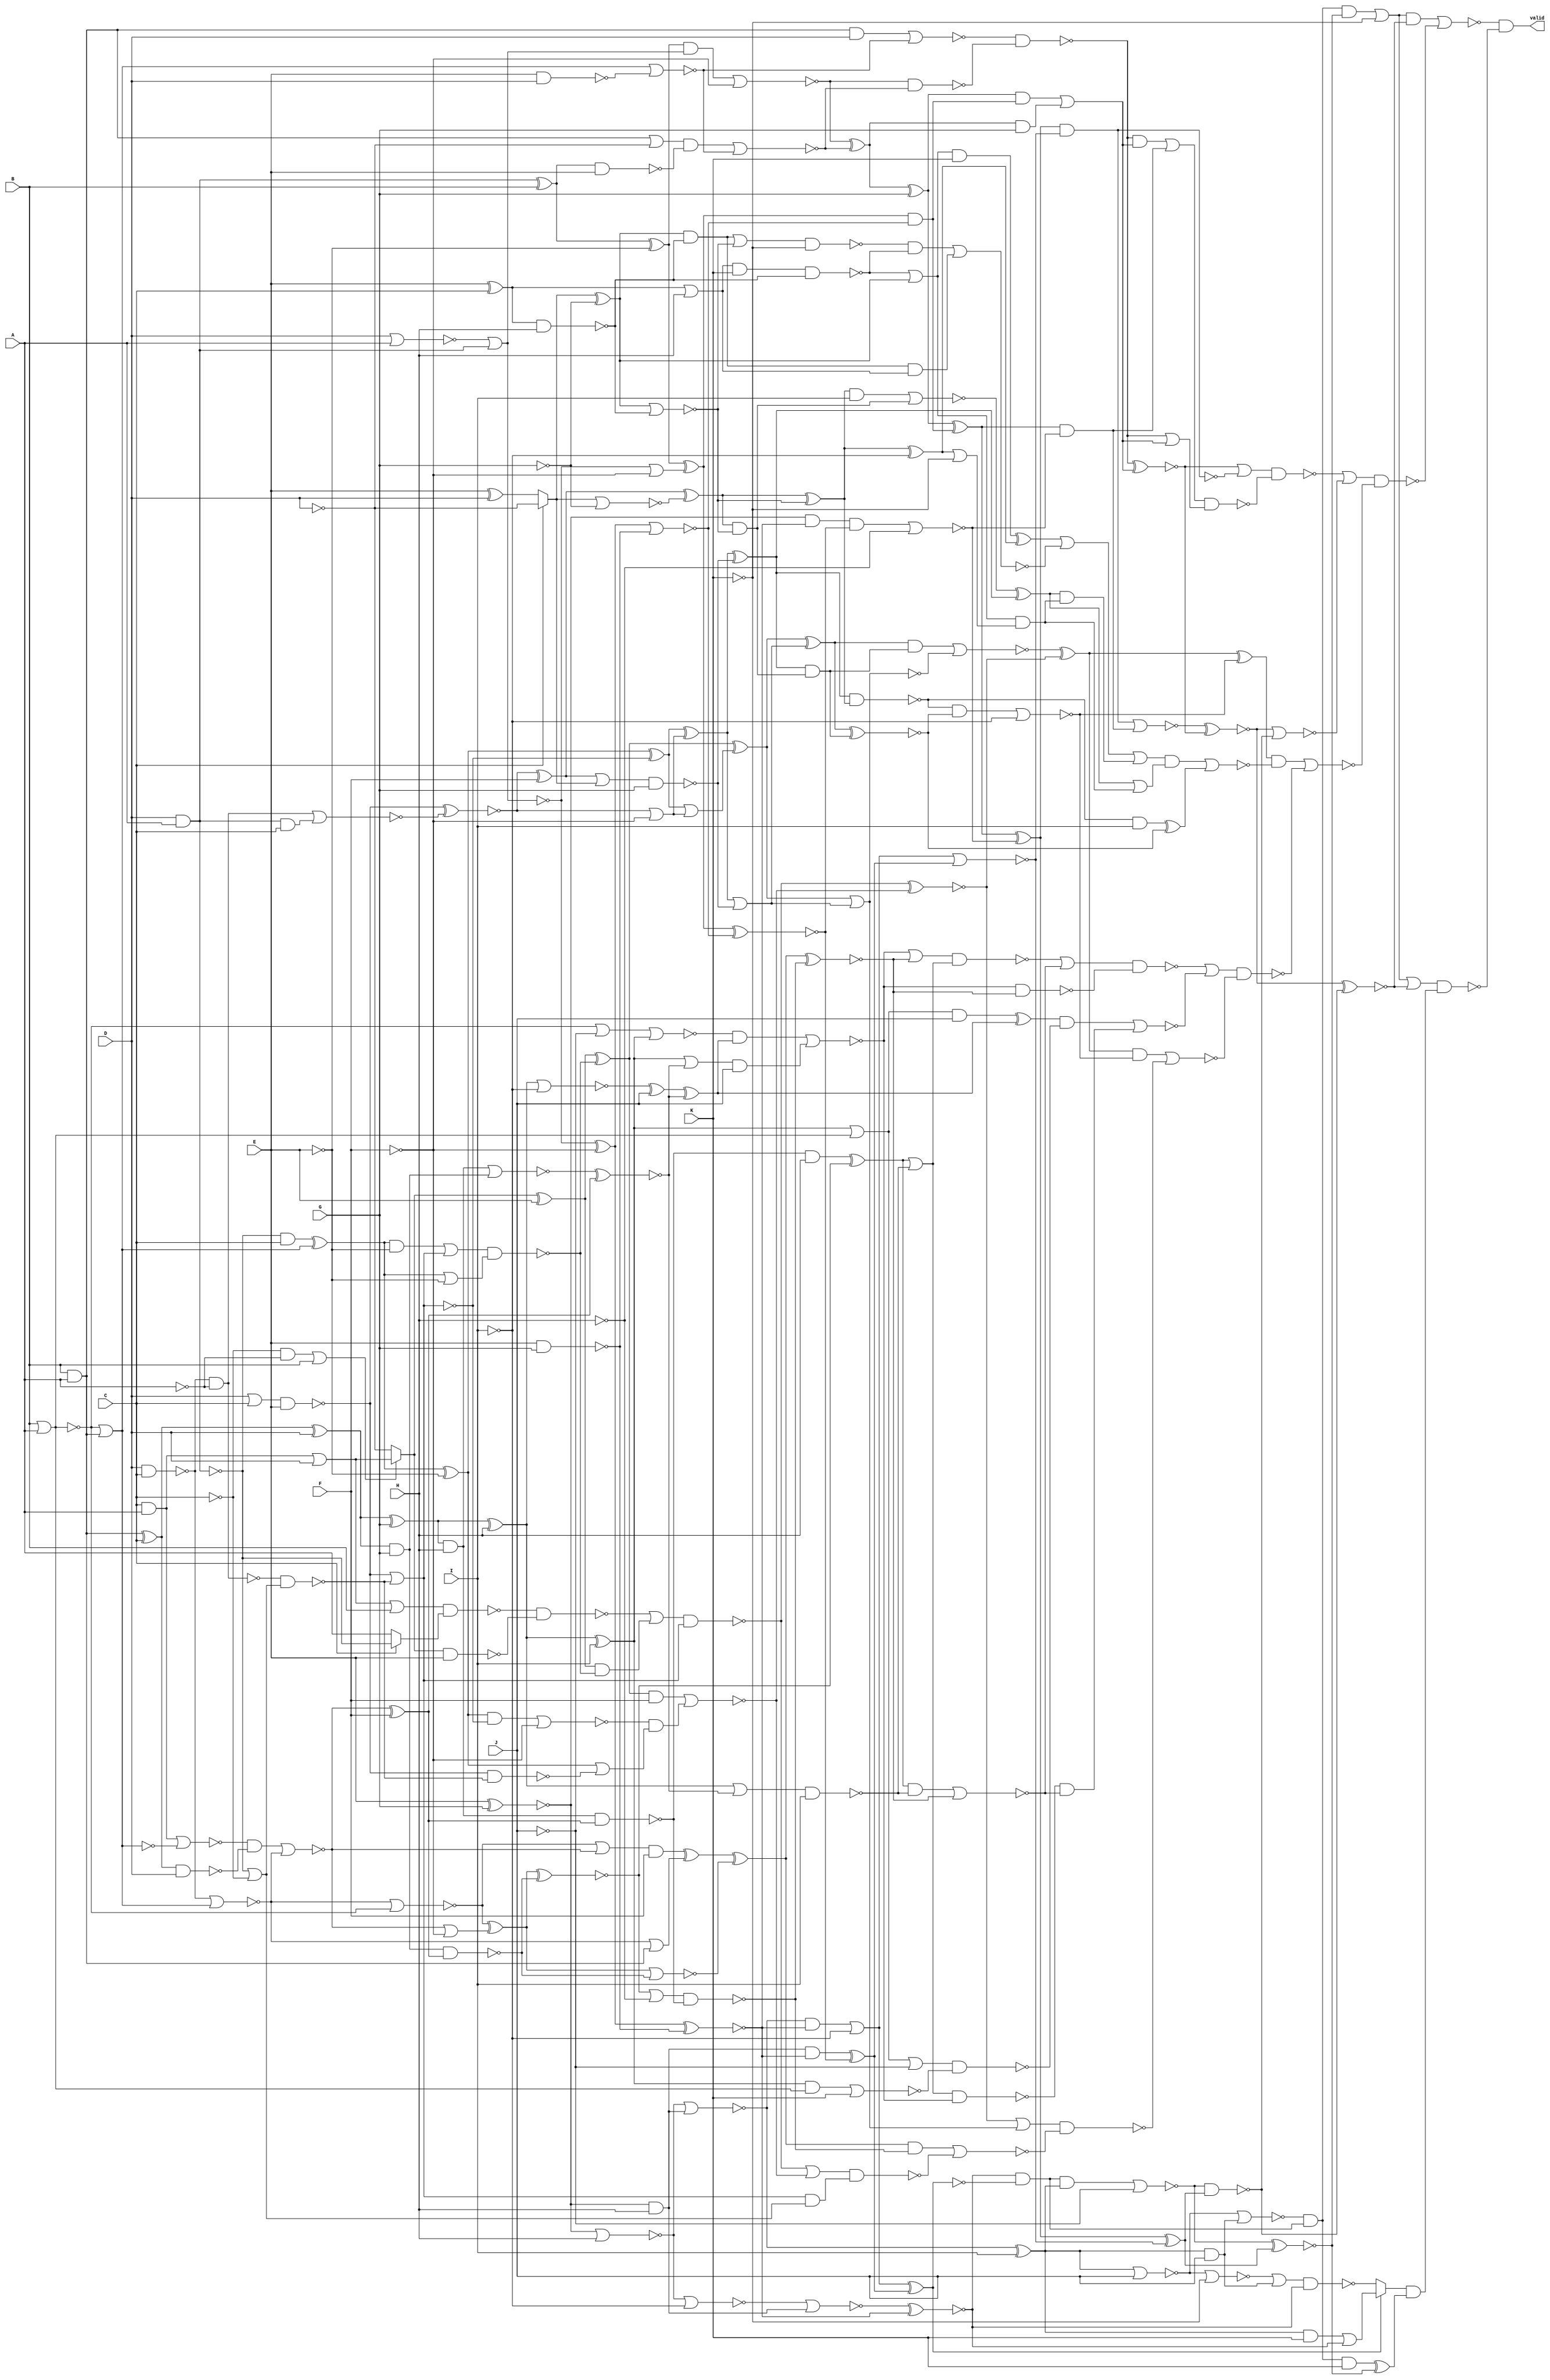
/* Generated by Yosys 0.7 (git sha1 61f6811, gcc 5.4.0-6ubuntu1~16.04.4 -O2 -fstack-protector-strong -fPIC -Os) */

(* top =  1  *)
(* src = "var11_multi.v:2" *)
module var11_multi(A, B, C, D, E, F, G, H, I, J, K, valid);
  wire _000_;
  wire _001_;
  wire _002_;
  wire _003_;
  wire _004_;
  wire _005_;
  wire _006_;
  wire _007_;
  wire _008_;
  wire _009_;
  wire _010_;
  wire _011_;
  wire _012_;
  wire _013_;
  wire _014_;
  wire _015_;
  wire _016_;
  wire _017_;
  wire _018_;
  wire _019_;
  wire _020_;
  wire _021_;
  wire _022_;
  wire _023_;
  wire _024_;
  wire _025_;
  wire _026_;
  wire _027_;
  wire _028_;
  wire _029_;
  wire _030_;
  wire _031_;
  wire _032_;
  wire _033_;
  wire _034_;
  wire _035_;
  wire _036_;
  wire _037_;
  wire _038_;
  wire _039_;
  wire _040_;
  wire _041_;
  wire _042_;
  wire _043_;
  wire _044_;
  wire _045_;
  wire _046_;
  wire _047_;
  wire _048_;
  wire _049_;
  wire _050_;
  wire _051_;
  wire _052_;
  wire _053_;
  wire _054_;
  wire _055_;
  wire _056_;
  wire _057_;
  wire _058_;
  wire _059_;
  wire _060_;
  wire _061_;
  wire _062_;
  wire _063_;
  wire _064_;
  wire _065_;
  wire _066_;
  wire _067_;
  wire _068_;
  wire _069_;
  wire _070_;
  wire _071_;
  wire _072_;
  wire _073_;
  wire _074_;
  wire _075_;
  wire _076_;
  wire _077_;
  wire _078_;
  wire _079_;
  wire _080_;
  wire _081_;
  wire _082_;
  wire _083_;
  wire _084_;
  wire _085_;
  wire _086_;
  wire _087_;
  wire _088_;
  wire _089_;
  wire _090_;
  wire _091_;
  wire _092_;
  wire _093_;
  wire _094_;
  wire _095_;
  wire _096_;
  wire _097_;
  wire _098_;
  wire _099_;
  wire _100_;
  wire _101_;
  wire _102_;
  wire _103_;
  wire _104_;
  wire _105_;
  wire _106_;
  wire _107_;
  wire _108_;
  wire _109_;
  wire _110_;
  wire _111_;
  wire _112_;
  wire _113_;
  wire _114_;
  wire _115_;
  wire _116_;
  wire _117_;
  wire _118_;
  wire _119_;
  wire _120_;
  wire _121_;
  wire _122_;
  wire _123_;
  wire _124_;
  wire _125_;
  wire _126_;
  wire _127_;
  wire _128_;
  wire _129_;
  wire _130_;
  wire _131_;
  wire _132_;
  wire _133_;
  wire _134_;
  wire _135_;
  wire _136_;
  wire _137_;
  wire _138_;
  wire _139_;
  wire _140_;
  wire _141_;
  wire _142_;
  wire _143_;
  wire _144_;
  wire _145_;
  wire _146_;
  wire _147_;
  wire _148_;
  wire _149_;
  wire _150_;
  wire _151_;
  wire _152_;
  wire _153_;
  wire _154_;
  wire _155_;
  wire _156_;
  wire _157_;
  wire _158_;
  wire _159_;
  wire _160_;
  wire _161_;
  wire _162_;
  wire _163_;
  wire _164_;
  wire _165_;
  wire _166_;
  wire _167_;
  wire _168_;
  wire _169_;
  wire _170_;
  wire _171_;
  wire _172_;
  wire _173_;
  wire _174_;
  wire _175_;
  wire _176_;
  wire _177_;
  wire _178_;
  wire _179_;
  wire _180_;
  wire _181_;
  wire _182_;
  wire _183_;
  wire _184_;
  wire _185_;
  wire _186_;
  wire _187_;
  wire _188_;
  wire _189_;
  wire _190_;
  wire _191_;
  wire _192_;
  wire _193_;
  wire _194_;
  wire _195_;
  wire _196_;
  wire _197_;
  wire _198_;
  wire _199_;
  wire _200_;
  wire _201_;
  wire _202_;
  wire _203_;
  wire _204_;
  wire _205_;
  wire _206_;
  wire _207_;
  wire _208_;
  wire _209_;
  wire _210_;
  wire _211_;
  wire _212_;
  wire _213_;
  wire _214_;
  wire _215_;
  wire _216_;
  wire _217_;
  wire _218_;
  wire _219_;
  wire _220_;
  wire _221_;
  wire _222_;
  wire _223_;
  wire _224_;
  wire _225_;
  wire _226_;
  wire _227_;
  wire _228_;
  wire _229_;
  wire _230_;
  wire _231_;
  wire _232_;
  wire _233_;
  wire _234_;
  (* src = "var11_multi.v:3" *)
  input A;
  (* src = "var11_multi.v:3" *)
  input B;
  (* src = "var11_multi.v:3" *)
  input C;
  (* src = "var11_multi.v:3" *)
  input D;
  (* src = "var11_multi.v:3" *)
  input E;
  (* src = "var11_multi.v:3" *)
  input F;
  (* src = "var11_multi.v:3" *)
  input G;
  (* src = "var11_multi.v:3" *)
  input H;
  (* src = "var11_multi.v:3" *)
  input I;
  (* src = "var11_multi.v:3" *)
  input J;
  (* src = "var11_multi.v:3" *)
  input K;
  (* src = "var11_multi.v:9" *)
  wire [7:0] total_value;
  (* src = "var11_multi.v:4" *)
  output valid;
  assign _030_ = ~(E & G);
  assign _041_ = ~F;
  assign _052_ = D & A;
  assign _063_ = ~(D | A);
  assign _074_ = ~(_063_ | _052_);
  assign _085_ = _074_ ^ _041_;
  assign _096_ = ~(_085_ | _030_);
  assign _107_ = _074_ | _041_;
  assign _118_ = ~E;
  assign _129_ = _052_ ^ B;
  assign _140_ = _129_ ^ _118_;
  assign _151_ = _140_ ^ _107_;
  assign _160_ = ~(_151_ ^ _096_);
  assign _161_ = ~(_085_ ^ _030_);
  assign _162_ = ~(E ^ G);
  assign _163_ = _162_ & H;
  assign _164_ = _163_ & _161_;
  assign _165_ = _164_ ^ _160_;
  assign _166_ = ~I;
  assign _167_ = ~(_162_ | H);
  assign _168_ = ~(_167_ | _163_);
  assign _169_ = _168_ & _161_;
  assign _170_ = _169_ | _166_;
  assign _171_ = ~(_170_ | _165_);
  assign _172_ = ~H;
  assign _173_ = _162_ & _161_;
  assign _174_ = ~((_173_ & _160_) | _172_);
  assign _175_ = _151_ & _096_;
  assign _176_ = ~(_129_ & E);
  assign _177_ = ~(E & D);
  assign _178_ = B & A;
  assign _179_ = ~(B | A);
  assign _180_ = _179_ | _178_;
  assign _181_ = ~(_180_ | _177_);
  assign _182_ = ~D;
  assign _183_ = _178_ | _182_;
  assign _184_ = ~((_183_ & _176_) | _181_);
  assign _185_ = ~_074_;
  assign _186_ = ~((_140_ & _185_) | _041_);
  assign _187_ = _186_ ^ _184_;
  assign _188_ = _187_ ^ G;
  assign _189_ = _188_ ^ _175_;
  assign _190_ = _189_ ^ _174_;
  assign _191_ = _190_ ^ _171_;
  assign _192_ = ~J;
  assign _193_ = _168_ ^ I;
  assign _194_ = ~(_170_ ^ _165_);
  assign _195_ = ~(_167_ | _166_);
  assign _196_ = ~(_195_ | _163_);
  assign _197_ = ~(_196_ ^ _161_);
  assign _198_ = _197_ & _194_;
  assign _199_ = ~((_198_ & _193_) | _192_);
  assign _200_ = ~(_199_ & _191_);
  assign _201_ = _187_ & G;
  assign _202_ = _188_ & _175_;
  assign _203_ = _202_ | _201_;
  assign _204_ = ~(_186_ & _184_);
  assign _205_ = ~((_178_ & D) | _181_);
  assign _206_ = ~(_205_ & _204_);
  assign _207_ = ~(_206_ ^ _203_);
  assign _208_ = _189_ & _174_;
  assign _209_ = ~((_190_ & _171_) | _208_);
  assign _210_ = ~(_209_ ^ _207_);
  assign _211_ = ~(_210_ ^ _200_);
  assign _212_ = ~K;
  assign _213_ = ~(_199_ ^ _191_);
  assign _214_ = _193_ & J;
  assign _215_ = ~(_193_ | J);
  assign _216_ = ~(_215_ | _214_);
  assign _217_ = _216_ & _198_;
  assign _218_ = _217_ & _213_;
  assign _219_ = _218_ | _212_;
  assign _220_ = _217_ & K;
  assign _221_ = _220_ ^ _213_;
  assign _222_ = ~(_215_ | _212_);
  assign _223_ = ~((_222_ | _214_) & _197_);
  assign _224_ = _193_ & K;
  assign _225_ = _224_ | _197_;
  assign _226_ = _194_ ? _223_ : _225_;
  assign _227_ = _226_ & _221_;
  assign _228_ = ~((_219_ | _211_) & _227_);
  assign _229_ = ~(_210_ | _200_);
  assign _230_ = ~(_190_ & _171_);
  assign _231_ = _206_ & _203_;
  assign _232_ = _206_ | _203_;
  assign _233_ = ~((_231_ | _208_) & _232_);
  assign _234_ = ~((_207_ | _230_) & _233_);
  assign _000_ = E ^ C;
  assign _001_ = ~(_000_ & H);
  assign _002_ = ~G;
  assign _003_ = E ^ D;
  assign _004_ = C ? _182_ : _003_;
  assign _005_ = _004_ ^ _002_;
  assign _006_ = ~(_005_ | _001_);
  assign _007_ = ~(_004_ | _002_);
  assign _008_ = ~A;
  assign _009_ = ~(D & C);
  assign _010_ = ~((_009_ & _008_) | (_052_ & C));
  assign _011_ = ~((D | C) & E);
  assign _012_ = ~(_011_ ^ _010_);
  assign _013_ = _012_ ^ F;
  assign _014_ = _013_ ^ _007_;
  assign _015_ = _014_ ^ _006_;
  assign _016_ = _015_ ^ _166_;
  assign _017_ = _016_ | _212_;
  assign _018_ = _000_ | H;
  assign _019_ = _018_ & K;
  assign _020_ = _019_ & _001_;
  assign _021_ = ~_020_;
  assign _022_ = _021_ | _005_;
  assign _023_ = _022_ & _017_;
  assign _024_ = ~((_013_ | _004_) & G);
  assign _025_ = _012_ | _041_;
  assign _026_ = ~C;
  assign _027_ = ~(D & A);
  assign _028_ = _027_ | _026_;
  assign _029_ = ~(_009_ & _008_);
  assign _031_ = ~(_029_ & _028_);
  assign _032_ = ~(_011_ | _031_);
  assign _033_ = _027_ & C;
  assign _034_ = _033_ ^ _180_;
  assign _035_ = _034_ ^ _118_;
  assign _036_ = _035_ ^ _032_;
  assign _037_ = _036_ ^ _025_;
  assign _038_ = _037_ ^ _024_;
  assign _039_ = _014_ & _006_;
  assign _040_ = ~((_015_ & I) | _039_);
  assign _042_ = _040_ ^ _038_;
  assign _043_ = _042_ | _023_;
  assign _044_ = _038_ & _039_;
  assign _045_ = _037_ | _024_;
  assign _046_ = _036_ | _025_;
  assign _047_ = _011_ | _031_;
  assign _048_ = _034_ | _118_;
  assign _049_ = _034_ & _118_;
  assign _050_ = ~((_049_ | _047_) & _048_);
  assign _051_ = ~((_026_ & _008_) | B);
  assign _053_ = C & A;
  assign _054_ = _053_ | D;
  assign _055_ = _051_ ? _182_ : _054_;
  assign _056_ = _055_ ^ E;
  assign _057_ = _056_ ^ _050_;
  assign _058_ = _057_ ^ _046_;
  assign _059_ = _058_ ^ _045_;
  assign _060_ = ~(_059_ ^ _044_);
  assign _061_ = ~(_038_ & _015_);
  assign _062_ = _061_ & I;
  assign _064_ = _062_ ^ _060_;
  assign _065_ = _042_ & _023_;
  assign _066_ = _005_ & _001_;
  assign _067_ = ~((_066_ | _006_) & _212_);
  assign _068_ = ~((_067_ & _021_) | (_066_ & _018_));
  assign _069_ = _022_ & K;
  assign _070_ = _069_ ^ _016_;
  assign _071_ = _070_ | _068_;
  assign _072_ = _071_ | _065_;
  assign _073_ = ~((_072_ & _043_) | _064_);
  assign _075_ = ~((_061_ & _060_) | _166_);
  assign _076_ = ~(_011_ & _031_);
  assign _077_ = _035_ | _076_;
  assign _078_ = ~((_035_ & _032_) | _041_);
  assign _079_ = ~((_057_ & F) | (_078_ & _077_));
  assign _080_ = _056_ & _050_;
  assign _081_ = ~(_055_ & E);
  assign _082_ = C ? _027_ : A;
  assign _083_ = ~((_054_ | B) & _082_);
  assign _084_ = ~(_083_ & _081_);
  assign _086_ = ~((_084_ | _080_) & _047_);
  assign _087_ = ~(_086_ ^ _079_);
  assign _088_ = ~(_058_ | _045_);
  assign _089_ = ~((_059_ & _044_) | _088_);
  assign _090_ = _089_ ^ _087_;
  assign _091_ = _090_ ^ _075_;
  assign _092_ = ~(_009_ | _180_);
  assign _093_ = _178_ ^ C;
  assign _094_ = ~(_093_ & D);
  assign _095_ = ~(_179_ | _178_);
  assign _097_ = ~(_053_ | _095_);
  assign _098_ = ~((_097_ & _094_) | _092_);
  assign _099_ = _098_ ^ F;
  assign _100_ = _093_ ^ D;
  assign _101_ = _100_ ^ G;
  assign _102_ = _101_ & H;
  assign _103_ = ~(_102_ & _099_);
  assign _104_ = _100_ & G;
  assign _105_ = ~(_104_ & _099_);
  assign _106_ = _098_ | _041_;
  assign _108_ = ~(_092_ | _179_);
  assign _109_ = _108_ ^ _106_;
  assign _110_ = ~(_109_ ^ _105_);
  assign _111_ = ~((_110_ | _172_) & _103_);
  assign _112_ = ~(_109_ | _105_);
  assign _113_ = _092_ | _178_;
  assign _114_ = _108_ | _098_;
  assign _115_ = _114_ & F;
  assign _116_ = _115_ ^ _113_;
  assign _117_ = _116_ ^ _112_;
  assign _119_ = ~(_117_ ^ _111_);
  assign _120_ = ~(_102_ | _104_);
  assign _121_ = ~(_120_ ^ _099_);
  assign _122_ = _101_ ^ H;
  assign _123_ = ~((_122_ | _121_) & I);
  assign _124_ = _103_ & H;
  assign _125_ = _124_ ^ _110_;
  assign _126_ = ~((_125_ & _123_) | _119_);
  assign _127_ = _122_ ^ I;
  assign _128_ = _127_ | _121_;
  assign _130_ = ~(_122_ | _166_);
  assign _131_ = _130_ ^ J;
  assign _132_ = _131_ ^ _121_;
  assign _133_ = _179_ | _192_;
  assign _134_ = ~(_133_ | _127_);
  assign _135_ = ~((_134_ & _132_) | (_128_ & J));
  assign _136_ = _125_ | _123_;
  assign _137_ = ~(_136_ & _135_);
  assign _138_ = B | A;
  assign _139_ = _127_ | _138_;
  assign _141_ = ~((_127_ & _138_) | K);
  assign _142_ = ~((_139_ | _192_) & _141_);
  assign _143_ = _139_ & J;
  assign _144_ = _143_ ^ _132_;
  assign _145_ = ~((_144_ & _142_) | (_137_ & _126_));
  assign _146_ = ~(_135_ & _119_);
  assign _147_ = ~((_135_ | _119_) & _136_);
  assign _148_ = ~((_147_ | _126_) & _146_);
  assign _149_ = _058_ | _045_;
  assign _150_ = _047_ & _028_;
  assign _152_ = ~((_086_ | _079_) & _150_);
  assign _153_ = ~((_117_ & _111_) | _152_);
  assign _154_ = ~((_087_ | _149_) & _153_);
  assign _155_ = ~((_090_ & _075_) | _154_);
  assign _156_ = ~((_148_ | _145_) & _155_);
  assign _157_ = ~((_091_ & _073_) | _156_);
  assign _158_ = ~((_234_ | _229_) & _157_);
  assign _159_ = ~((_219_ & _211_) | _158_);
  assign valid = _159_ & _228_;
  assign total_value[0] = J;
endmodule